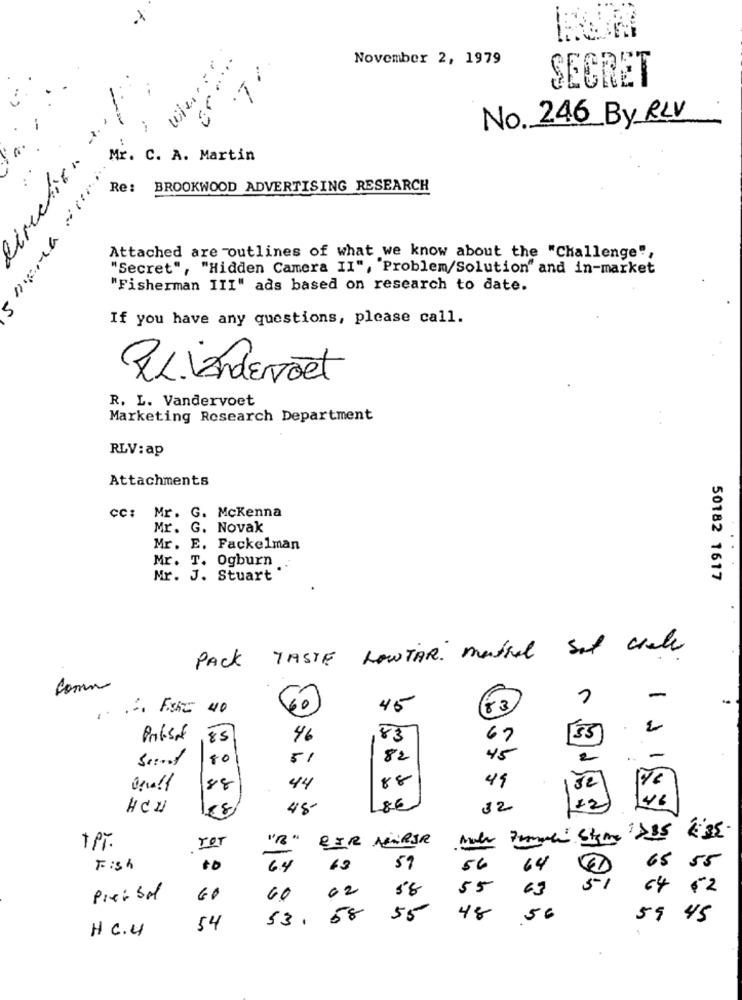
×
November 2, 1979
SECRET
No. 246 By RLV
Mr. C. A. Martin
Re: BROOKWOOD ADVERTISING RESEARCH
Attached are outlines of what we know about the "Challenge",
"Secret", "Hidden Camera II", Problem/Solution" and in-market
"Fisherman III" ads based on research to date.
If you have any questions, please call.
RLiAndEroel
R. L. Vandervoet
Marketing Research Department
RLV: ap
Attachments
cc: Mr. G. Mckenna
Mr. G. Novak
Mr. E. Fackelman
Mr. T. Ogburn
Mr. J. Stuart
50182 1617
TASTE LOWTAR metral Set chale
PACK
comm
-
40
60
45
83
Profisof
85
46
83
67
[35]
Seinf
80
51
82
45
-
88
49
52
88
44
86
12
HCH
88
45-
32
BIR NERJR
Mit Pommel Steme >35 & 35
+PT.
Tet
Fish
to
6.4
59
56
64
65 55
02
58
55
63
05
Pier Sol
60
60
64 12
53.58
55
48
.56
59 45
H C.4
54